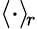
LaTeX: \langle\cdot\rangle_{\! r}